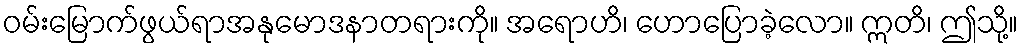
ဝမ်းမြောက်ဖွယ်ရာအနုမောဒနာတရားကို။ အရောဟိ၊ ဟောပြောခဲ့လော။ ဣတိ၊ ဤသို့။